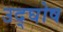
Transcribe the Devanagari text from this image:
उद्‌घोष